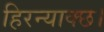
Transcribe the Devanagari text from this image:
हिरन्याक्छ।